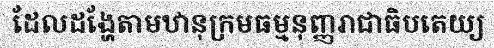
ដែលដង្ហែតាមឋានុក្រមធម្មនុញ្ញរាជាធិបតេយ្យ